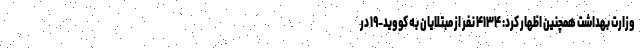
وزارت بهداشت همچنین اظهار کرد: ۴۱۳۴ نفر از مبتلایان به کووید-۱۹ در